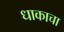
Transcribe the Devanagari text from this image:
धाकाचा